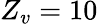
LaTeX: Z_{v}=10